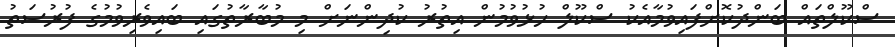
ސްކޫލްތައް ބަންދުކޮށްފައިވުމާއެކު ސްކޫލް ހުޅުވުމުން އިތުރު ކުދިންނަށް މި މުބާރާތުގައި ބައިވެރިވުމުގެ ފުރުސަތު